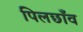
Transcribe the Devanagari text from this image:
पिलछाँव